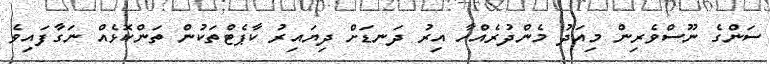
ސަންގެ ނޫސްވެރިން މިއަދު މެންދުރެއްހާ އިރު ދަނޑަށް ދިޔައިރު ކާޕެޓްތަކުން ތަންކޮޅެއް ނަގާފައިވެ